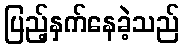
ပြည့်နှက်နေခဲ့သည်